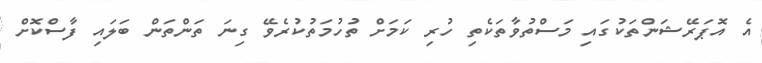
އެ އޮޕަރޭޝަންތަކުގައި މަސްތުވާތަކެތި ހުރި ކަމަށް ތުހުމަތުކުރެވޭ ގިނަ ތަންތަން ބަލައި ފާސްކޮށް